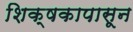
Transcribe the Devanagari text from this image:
शिक्षकापासून